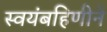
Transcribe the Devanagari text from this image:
स्वयंबहिणीने